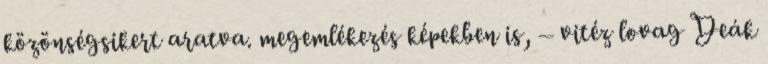
közönségsikert aratva. megemlékezés képekben is, – vitéz lovag Deák